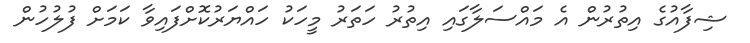
ޝިފާއުގެ އިތުރުން އެ މައްސަލާގައި އިތުރު ހަތަރު މީހަކު ހައްޔަރުކޮށްފައިވާ ކަމަށް ފުލުހުން